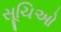
સૂચિઓ